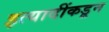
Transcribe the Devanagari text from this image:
इत्यादींकडून